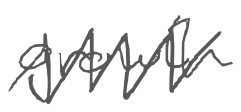
Text: growth
Cross-out: zig-zag
Writing tool: digital_gray